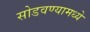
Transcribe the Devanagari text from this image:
सोडवण्यामध्ये